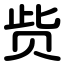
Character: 赀